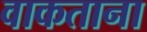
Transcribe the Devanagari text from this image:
वाकताना